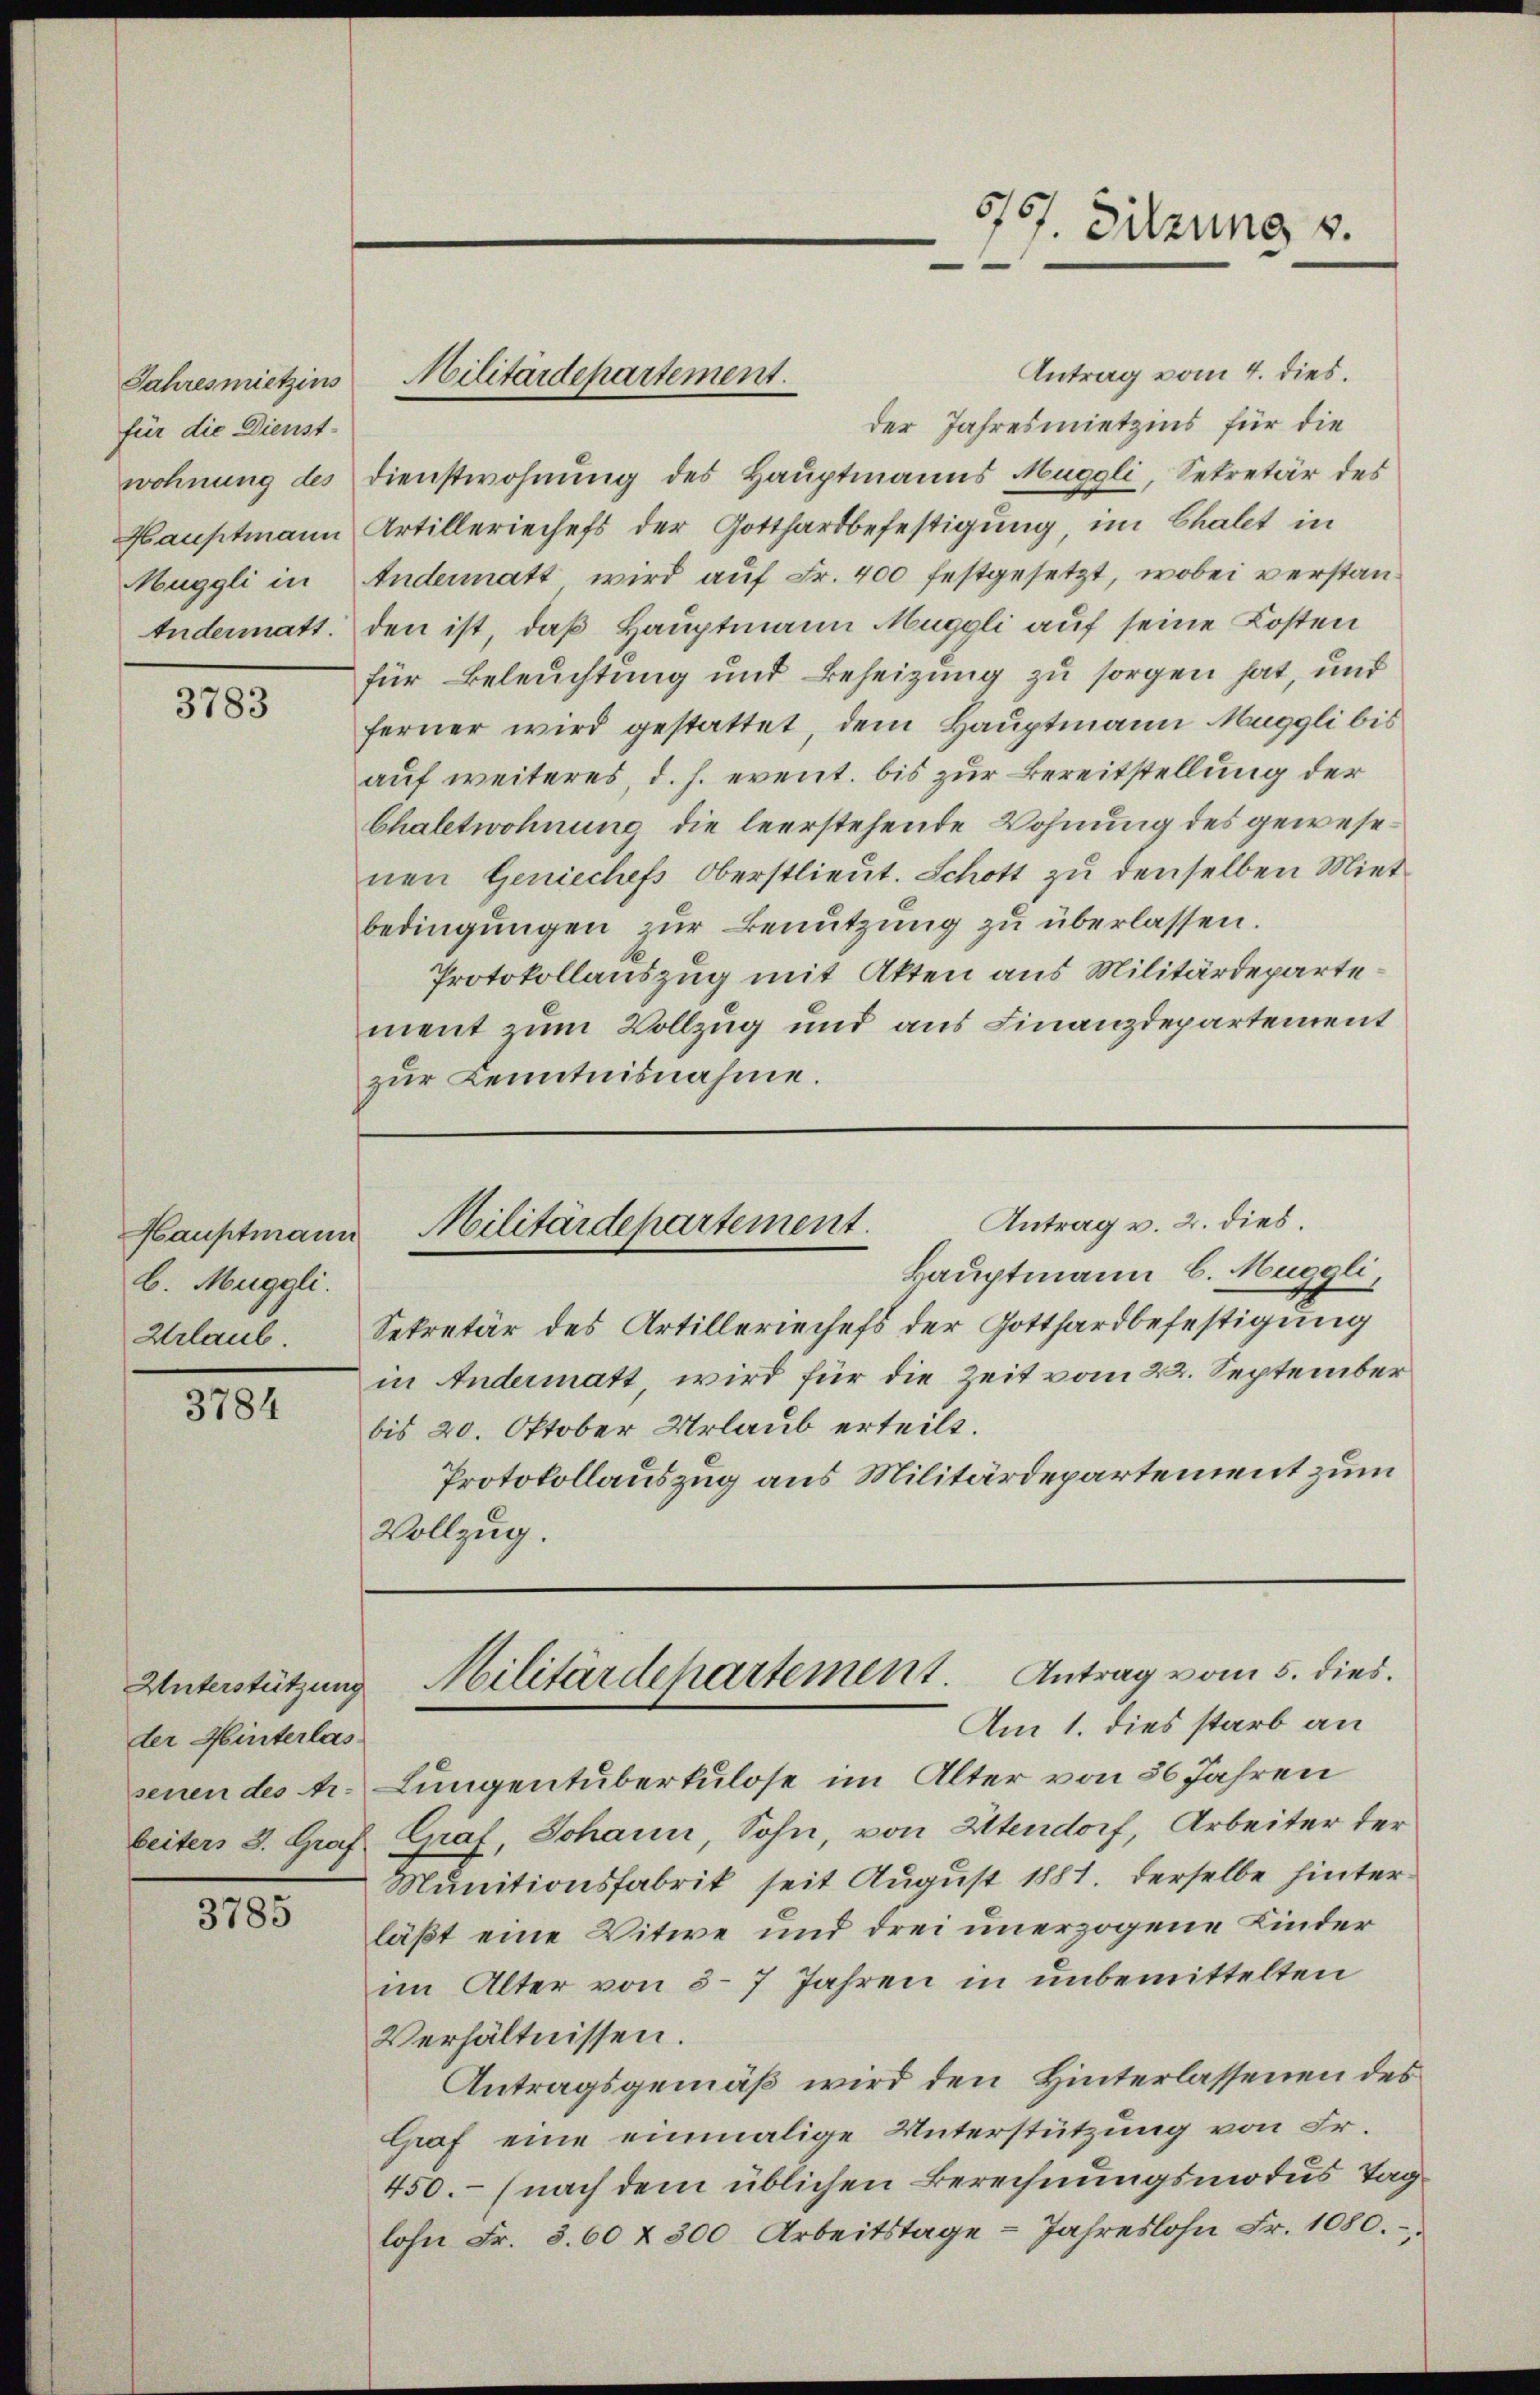
Jahresmietzins
für die Dienst-
wohnung des
Hauptmann
Muggli in
Andermatt.

3783

b. Muggli.
Urlaub

3784

der Hinterlas
senen des Ar-

3785

Antrag vom 4. dies.
der Jahresmietzins für die
Dienstwohnung des Hauptmanns Muggli, Sekretär des
Artilleriechefs der Gotthardbefestigung, im Chalet in
Andermatt wird auf Fr. 400 festgesetzt, wobei verstanden ist, daß Hauptmann Muggli auf seine Kosten
für Beleuchtung und Beheizung zu sorgen hat, und
ferner wird gestattet, dem Hauptmann Muggli bis
auf weiteres, d. h. event. bis zur Bereitstellung der
Chaletwohnung die leerstehende Wohnung des gewesenen Geniechefs Oberstlieut. Schott zu denselben Miet-
bedingungen zur Benutzung zu überlassen.
Protokollauszug mit Akten aus Militärdeparte
ment zum Vollzug und aus Finanzdepartement
zur Kenntnisnahme.

Hauptmann B. Muggli,
Sekretär des Artilleriechefs der Gotthardbefestigung
in Andermatt, wird für die Zeit vom 22. September
bis 20. Oktober Urlaub erteilt.
Protokollauszug aus Militärdepartement zum
Vollzug.

Militärdepartement.

5707. Sitzung v.

Antrag v. 2. dies.
Hauptmann Militärdepartement.

Lungentuberkulose im Alter von 36 Jahren
beiter 3. Graf Curat Johann, Sohn, von Zitendorf, Arbeiter der
Munitionsfabrik seit August 1881. derselbe hinterläßt eine Witwe und drei unerzogene Kinder
im Alter von 5-7 Jahren in unbemittelten
Verhältnissen.
Antragsgemäß wird den Hinterlassenen des
Graf eine einmalige Unterstützung von Fr.
450.- (nach dem üblichen Berechnungsmodus Taglohn Fr. 3. 60 & 300 Arbeitstage - Jahreslohn Fr. 1080.

Unterstützung Militärdepartement. Antrag vom 5. dies
Am 1. dies starb an